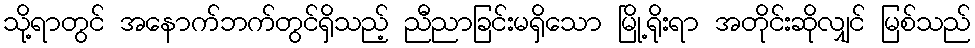
သို့ရာတွင် အနောက်ဘက်တွင်ရှိသည့် ညီညာခြင်းမရှိသော မြို့ရိုးရာ အတိုင်းဆိုလျှင် မြစ်သည်